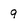
Character: 9